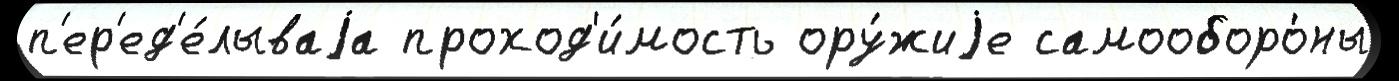
п'ер'ед'е́лываjа проход'и́мость ору́жиjе самооборо́ны